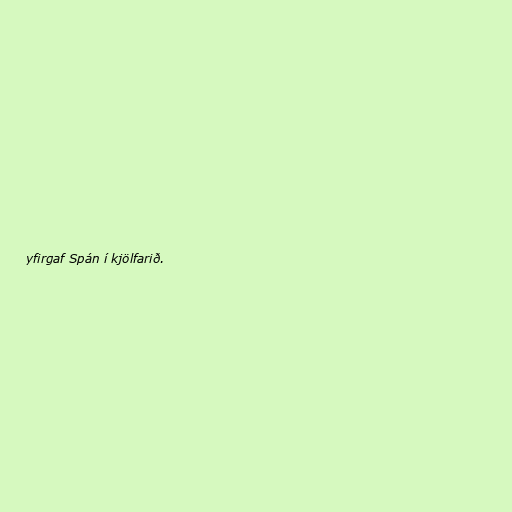
yfirgaf Spán í kjölfarið.